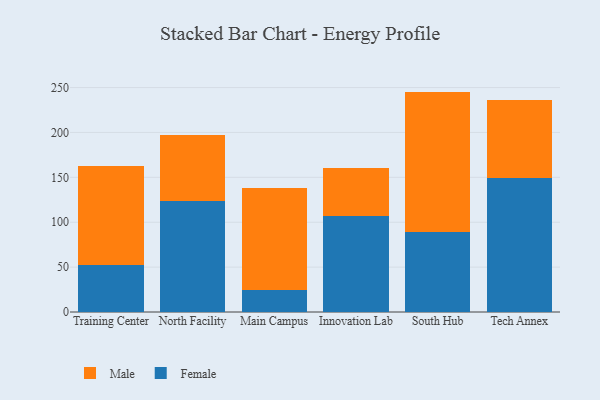
{"axis": {"x": "Campus", "y": "Population (Million)"}, "legend": ["Female", "Male"], "data": [{"x": "Training Center", "y": 52.0, "type": "Female"}, {"x": "Training Center", "y": 110.9, "type": "Male"}, {"x": "North Facility", "y": 123.3, "type": "Female"}, {"x": "North Facility", "y": 73.5, "type": "Male"}, {"x": "Main Campus", "y": 24.1, "type": "Female"}, {"x": "Main Campus", "y": 114.5, "type": "Male"}, {"x": "Innovation Lab", "y": 106.8, "type": "Female"}, {"x": "Innovation Lab", "y": 53.9, "type": "Male"}, {"x": "South Hub", "y": 89.2, "type": "Female"}, {"x": "South Hub", "y": 156.3, "type": "Male"}, {"x": "Tech Annex", "y": 149.1, "type": "Female"}, {"x": "Tech Annex", "y": 87.6, "type": "Male"}]}